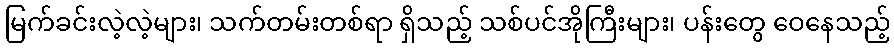
မြက်ခင်းလဲ့လဲ့များ၊ သက်တမ်းတစ်ရာ ရှိသည့် သစ်ပင်အိုကြီးများ၊ ပန်းတွေ ဝေနေသည့်